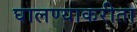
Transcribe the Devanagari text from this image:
घालण्याकरीता